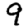
Digit: 9